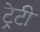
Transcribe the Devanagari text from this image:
ट्रेटी